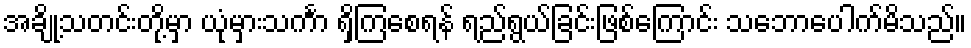
အချို့သတင်းတို့မှာ ယုံမှားသင်္ကာ ရှိကြစေရန် ရည်ရွယ်ခြင်းဖြစ်ကြောင်း သဘောပေါက်မိသည်။